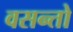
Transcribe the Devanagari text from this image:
वसन्तो